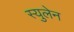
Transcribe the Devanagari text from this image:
स्युलेन